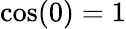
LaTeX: \cos(0)=1